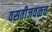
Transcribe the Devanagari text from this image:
वसतीजवळच